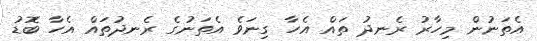
އެތަނުން މިހާރު ރެނދު ތައް އެހާ ގިނަވެ އެތަނުގެ ރެނދުތައްް އެހާ ބޮޑު